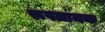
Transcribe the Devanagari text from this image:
रूपतामक